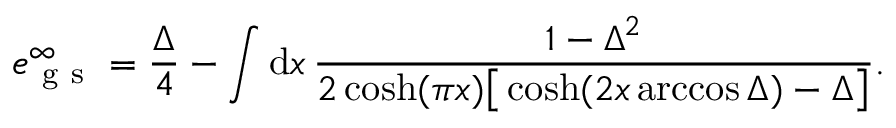
e _ { \mathrm { ~ g ~ s ~ } } ^ { \infty } = \frac { \Delta } { 4 } - \int \mathrm { d } x \, \frac { 1 - \Delta ^ { 2 } } { 2 \cosh ( \pi x ) \big [ \cosh ( 2 x \operatorname { a r c c o s } { \Delta } ) - \Delta \big ] } .